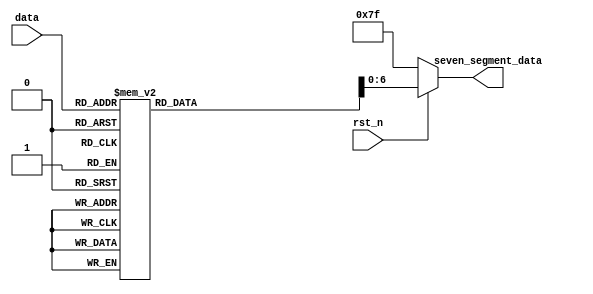
/**
 *  
 */

module seven_segment_encoder
(
	input wire rst_n,
	
	input wire [3:0]data,
	output wire [6:0]seven_segment_data
);
	parameter _0 = 8'b1100_0000, _1 = 8'b1111_1001, _2 = 8'b1010_0100, 
	          _3 = 8'b1011_0000, _4 = 8'b1001_1001, _5 = 8'b1001_0010,
			  _6 = 8'b1000_0010, _7 = 8'b1111_1000, _8 = 8'b1000_0000,
			  _9 = 8'b1001_0000, _a = 8'b1000_1000, _b = 8'b1000_0011,
			  _c = 8'b1100_0110, _d = 8'b1010_0001, _e = 8'b1000_0110,
			  _f = 8'b1000_1110;
				 
	
	reg [7:0]seven_segment_data_r;
	
	/********************************************/

	always @(*)
		if(!rst_n)
		begin
			seven_segment_data_r <= 8'hff;
		end
		else
			case(data)
				4'h0: seven_segment_data_r <= _0;
				4'h1: seven_segment_data_r <= _1;
				4'h2: seven_segment_data_r <= _2;
				4'h3: seven_segment_data_r <= _3;
				
				4'h4: seven_segment_data_r <= _4;
				4'h5: seven_segment_data_r <= _5;
				4'h6: seven_segment_data_r <= _6;
				4'h7: seven_segment_data_r <= _7;
				
				4'h8: seven_segment_data_r <= _8;
				4'h9: seven_segment_data_r <= _9;
				4'ha: seven_segment_data_r <= _a;
				4'hb: seven_segment_data_r <= _b;
				
				4'hc: seven_segment_data_r <= _c;
				4'hd: seven_segment_data_r <= _d;
				4'he: seven_segment_data_r <= _e;
				4'hf: seven_segment_data_r <= _f;
				
				default: seven_segment_data_r <= 8'hff;
			endcase
	
	/********************************************/
	
	assign seven_segment_data = seven_segment_data_r[6:0];

endmodule